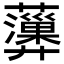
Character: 𧄩